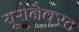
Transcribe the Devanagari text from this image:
यूरोनैक्स्ट